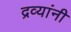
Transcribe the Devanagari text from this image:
द्रव्यांनी